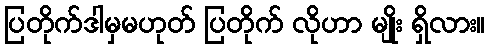
ပြတိုက်ဒါမှမဟုတ် ပြတိုက် လိုဟာ မျိုး ရှိလား။